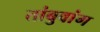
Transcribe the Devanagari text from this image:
तांबुवांग